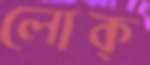
লোক্